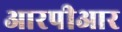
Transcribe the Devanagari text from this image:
आरपीआर